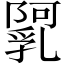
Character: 𨼼